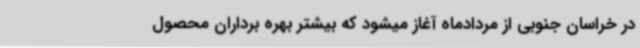
در خراسان جنوبی از مردادماه آغاز میشود که بیشتر بهره برداران محصول